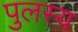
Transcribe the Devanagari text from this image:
पुलस्य